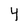
Character: 4